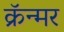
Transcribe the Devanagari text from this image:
क्रॅन्मर